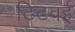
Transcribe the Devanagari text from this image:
टिटवई